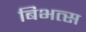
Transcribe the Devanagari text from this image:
बिभत्स